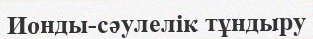
Ионды-сәулелік тұндыру